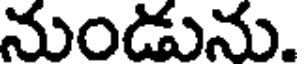
నుండును.